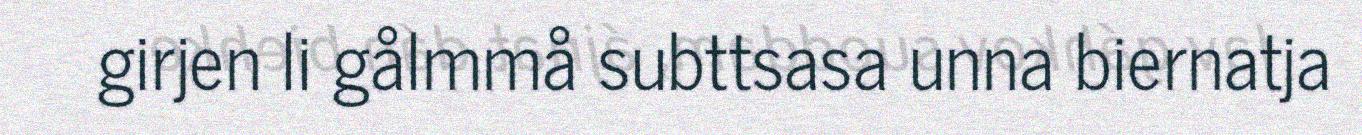
girjen li gålmmå subttsasa unna biernatja